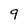
Character: 9